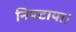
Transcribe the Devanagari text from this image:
निपटाया।